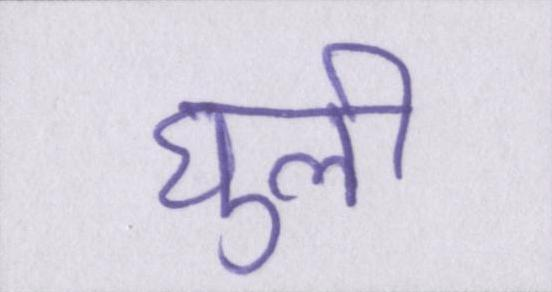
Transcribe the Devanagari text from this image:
घुली